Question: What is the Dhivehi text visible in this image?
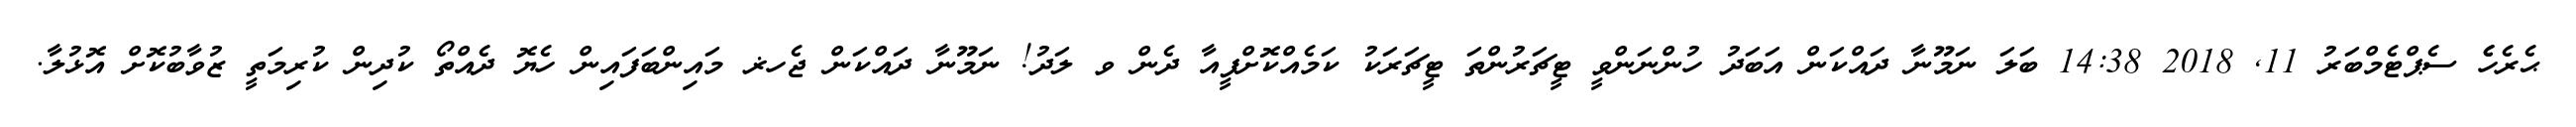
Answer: ޙެރެހެެ ސެޕްޓެމްބަރު 11, 2018 14:38 ބަލަ ނަމޫނާ ދައްކަން އަބަދު ހުންނަންވީ ޓީޗަރުންތަ ޓީޗަރަކު ކަމެއްކޮށްފީއާ ދެން ވ ލަދު! ނަމޫނާ ދައްކަން ޖެހޜ މައިންބަފައިން ހެޔޮ ދެއްތޯ ކުދިން ކުރިމަތީ ޒުވާބުކޮށް އޮޅުލާ.